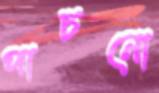
পাচনো